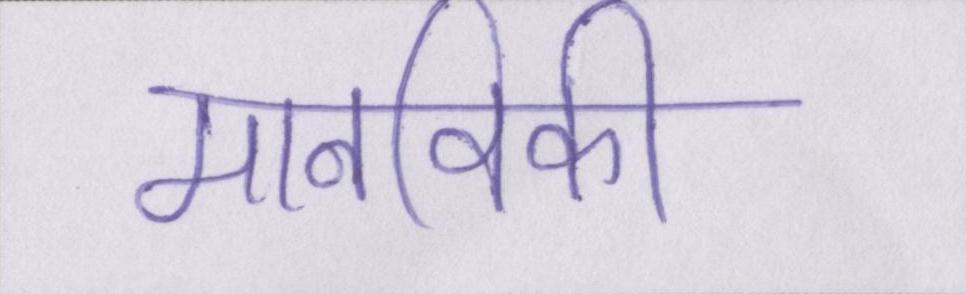
मानविकी